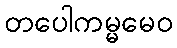
တပေါကမ္မမေဝ